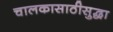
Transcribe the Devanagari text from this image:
चालकासाठीसुद्धा